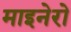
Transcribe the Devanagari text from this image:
माइनेरो